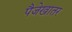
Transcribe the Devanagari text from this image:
पैजेखातर